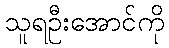
သူရဦးအောင်ကို